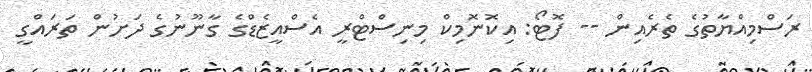
ރަސްމިއްޔާތުގެ ތެރެއިން -- ފޮޓޯ: އިކޮނޮމިކް މިނިސްޓްރީ އެސްއީޒެޑްގެ ގާނޫނުގެ ދަށުން ތަރައްގީ